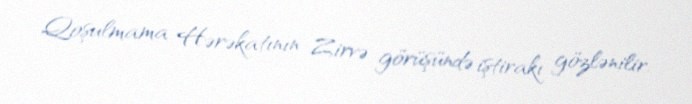
Qoşulmama Hərəkatının Zirvə görüşündə iştirakı gözlənilir.